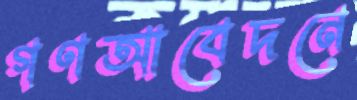
গণআবেদনে